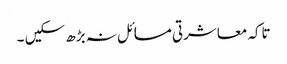
تاکہ معاشرتی مسائل نہ بڑھ سکیں ۔